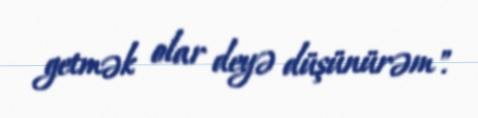
getmək olar deyə düşünürəm".